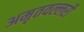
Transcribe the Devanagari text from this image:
अमृतवल्लरी